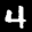
Label: 4